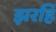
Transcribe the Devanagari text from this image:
झरहिं